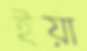
ইয়া